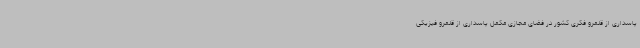
پاسداری از قلمرو فکری کشور در فضای مجازی مکمل پاسداری از قلمرو فیزیکی